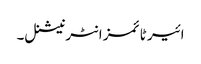
ائیر ٹائمز انٹرنیشنل۔